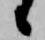
候